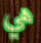
هي